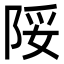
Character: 䧌